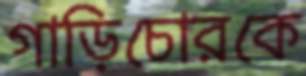
গাড়িচোরকে